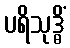
ပရိသုဒ္ဓိံ